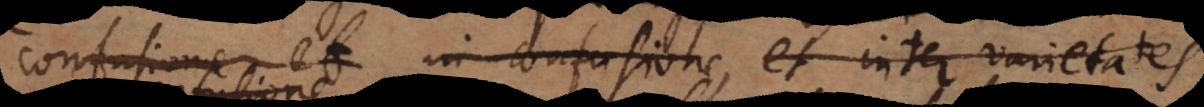
confusione et in confusione et inter varietates